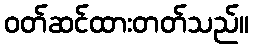
ဝတ်ဆင်ထားတတ်သည်။